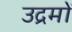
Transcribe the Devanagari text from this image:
उद्रमों